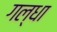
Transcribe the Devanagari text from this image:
गल्धा